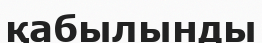
қабылынды